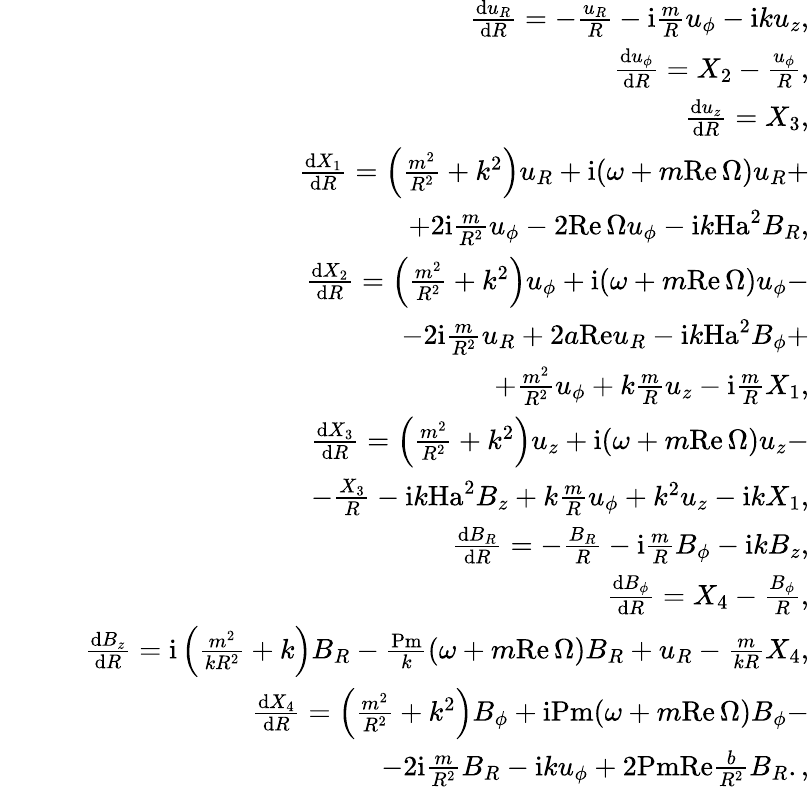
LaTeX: \begin{array}{rlr}&{}&{\frac{\mathrm{d}u_{R}}{\mathrm{d}R}=-\frac{u_{R}}{R}-\mathrm{i}\frac{m}{R}u_{\phi}-{\mathrm{i}}ku_{z},}\\ &{}&{\frac{\mathrm{d}u_{\phi}}{\mathrm{d}R}=X_{2}-\frac{u_{\phi}}{R},}\\ &{}&{\frac{\mathrm{d}u_{z}}{\mathrm{d}R}=X_{3},}\\ &{}&{\frac{\mathrm{d}X_{1}}{\mathrm{d}R}=\left(\frac{m^{2}}{R^{2}}+k^{2}\right)u_{R}+\mathrm{i}(\omega+m{\mathrm{Re}}\, \Omega)u_{R}+}\\ &{}&{\quad\quad\quad\quad\quad\quad\quad\quad\quad+2{\mathrm{i}}\frac{m}{R^{2}}u_{\phi}-2{\mathrm{Re}}\, \Omega u_{\phi}-{\mathrm{i}}k{\mathrm{Ha}}^{2}B_{R},}\\ &{}&{\frac{\mathrm{d}X_{2}}{\mathrm{d}R}=\left(\frac{m^{2}}{R^{2}}+k^{2}\right)u_{\phi}+{\mathrm{i}}(\omega+m{\mathrm{Re}}\, \Omega)u_{\phi}-}\\ &{}&{\quad\quad\quad\quad\quad\quad\quad\quad\quad-2{\mathrm{i}}\frac{m}{R^{2}}u_{R}+2a{\mathrm{Re}}u_{R}-{\mathrm{i}}k\mathrm{Ha}^{2}B_{\phi}+}\\ &{}&{\quad\quad\quad\quad\quad\quad\quad\quad\quad+\frac{m^{2}}{R^{2}}u_{\phi}+k\frac{m}{R}u_{z}-{\mathrm{i}}\frac{m}{R}X_{1},}\\ &{}&{\frac{\mathrm{d}X_{3}}{\mathrm{d}R}=\left(\frac{m^{2}}{R^{2}}+k^{2}\right)u_{z}+{\mathrm{i}}(\omega+m\mathrm{Re}\, \Omega)u_{z}-}\\ &{}&{\quad\quad\quad\quad\quad\quad\quad\quad\quad-\frac{X_{3}}{R}-\mathrm{i}k{\mathrm{Ha}}^{2}B_{z}+k\frac{m}{R}u_{\phi}+k^{2}u_{z}-{\mathrm{i}}kX_{1},}\\ &{}&{\frac{\mathrm{d}B_{R}}{\mathrm{d}R}=-\frac{B_{R}}{R}-\mathrm{i}\frac{m}{R}B_{\phi}-\mathrm{i}kB_{z},}\\ &{}&{\frac{\mathrm{d}B_{\phi}}{\mathrm{d}R}=X_{4}-\frac{B_{\phi}}{R},}\\ &{}&{\frac{\mathrm{d}B_{z}}{\mathrm{d}R}={\mathrm{i}}\left(\frac{m^{2}}{kR^{2}}+k\right)B_{R}-\frac{\mathrm{Pm}}{k}(\omega+m\mathrm{Re}\, \Omega)B_{R}+u_{R}-\frac{m}{kR}X_{4},}\\ &{}&{\frac{\mathrm{d}X_{4}}{\mathrm{d}R}=\left(\frac{m^{2}}{R^{2}}+k^{2}\right)B_{\phi}+\mathrm{i}\mathrm{Pm}(\omega+m\mathrm{Re}\, \Omega)B_{\phi}-}\\ &{}&{\quad\quad\quad\quad\quad\quad\quad\quad\quad-2{\mathrm{i}}\frac{m}{R^{2}}B_{R}-\mathrm{i}ku_{\phi}+2\mathrm{PmRe}\frac{b}{R^{2}}B_{R}.,}\end{array}